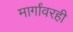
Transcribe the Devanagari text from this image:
मार्गांवरही